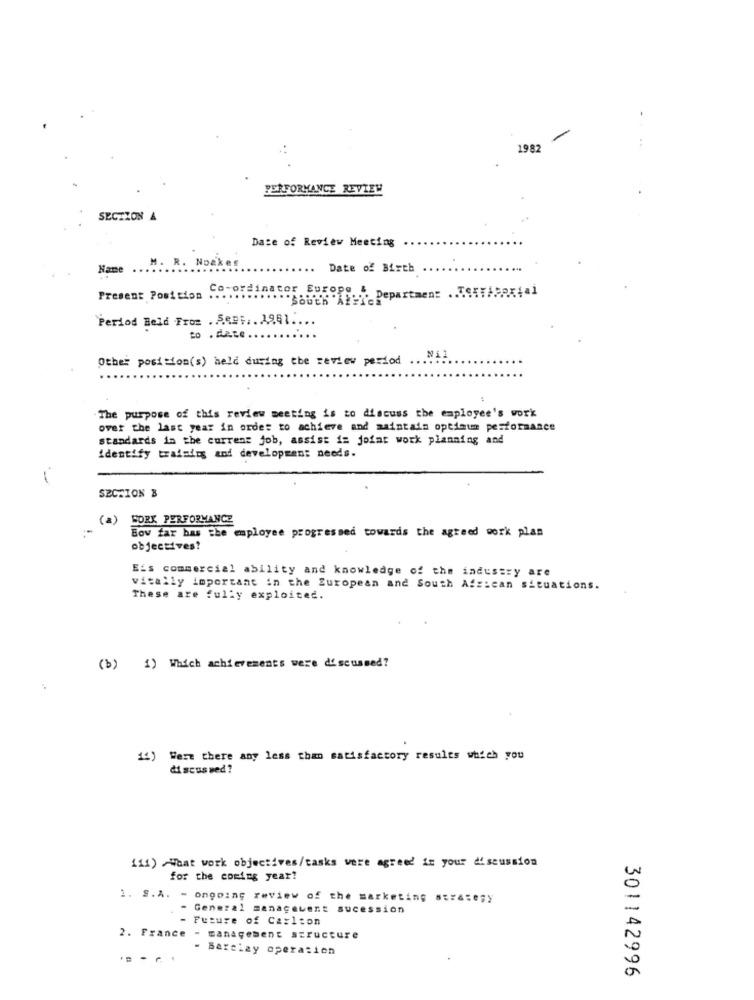
-
1982
PERFORMANCE REVIEW
SECTION A
Date of Review Meeting
Noex
Name
M.
Date of Birth
Co-ordinator Europe &
Present Position
"""SOUEn AFDepartment
Period Beld From . S.e .:.. 1961 ....
to - date
Other position(s) held during the review period
N11
The purpose of this review meeting is to discuss the employee's work
over the last year in order to achieve and maintain optimum performance
standards in the current job, assist i= joint work planning and
identify training and development needs.
SECTION B
(2)
WORK PERFORMANCE
Bov far has the employee progressed towards the agreed work plan
objectives?
E's commercial ability and knowledge of the industry are
vitally important in the European and South African situations.
These are fully exploited.
(b) 1) Which achievements were discussed?
14) Were there any less than satisfactory results which you
discus sed ?
111) Haat work objectives/casks were agreed in your discussion
for the coming year?
1. S.A. - ongoing review of the marketing strategy
- General management sucession
- Future of Carlton
2. France - management structure
- Barclay operation
301142996